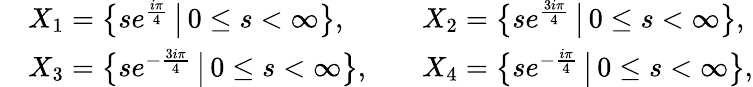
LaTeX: \begin{array}{rlrl}&{X_{1}=\bigl\{ se^{\frac{i\pi}{4}}\, \big|\, 0\leq s<\infty\bigr\} ,}&&{X_{2}=\bigl\{ se^{\frac{3i\pi}{4}}\, \big|\, 0\leq s<\infty\bigr\} ,}\\ &{X_{3}=\bigl\{ se^{-\frac{3i\pi}{4}}\, \big|\, 0\leq s<\infty\bigr\} ,}&&{X_{4}=\bigl\{ se^{-\frac{i\pi}{4}}\, \big|\, 0\leq s<\infty\bigr\} ,}\end{array}